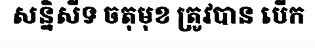
សន្និសីទ ចតុមុខ ត្រូវបាន បើក